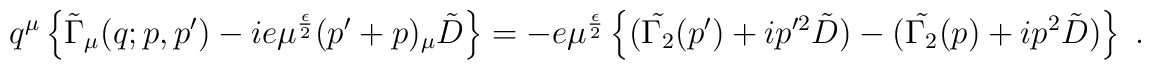
q^\mu \left\{ \tilde{\Gamma}_\mu (q;p,p^\prime) -ie \mu^{\frac{\epsilon}{2}} (p^\prime +p)_\mu \tilde{D}\right\} = -e  \mu^{\frac{\epsilon}{2}}  \left\{( \tilde{\Gamma_2} (p^\prime)+i p^{\prime 2} \tilde{D})- (\tilde{\Gamma_2} (p)+i p^{ 2} \tilde{D})\right\}\; .